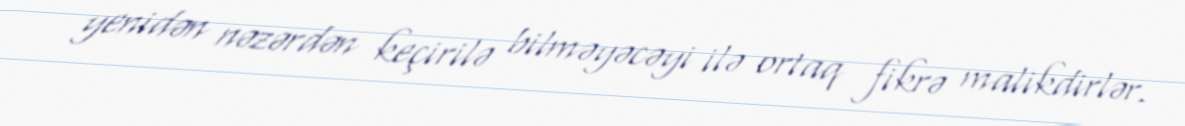
yenidən nəzərdən keçirilə bilməyəcəyi ilə ortaq fikrə malikdirlər.